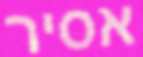
אסיר